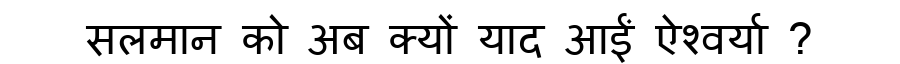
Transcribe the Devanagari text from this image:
सलमान को अब क्यों याद आईं ऐश्वर्या ?